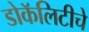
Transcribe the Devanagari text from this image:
डोकॅलिटीचे